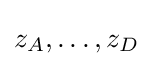
z_{A},\ldots ,z_{D}